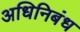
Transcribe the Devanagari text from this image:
अधिनिबंध